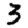
Digit: 3